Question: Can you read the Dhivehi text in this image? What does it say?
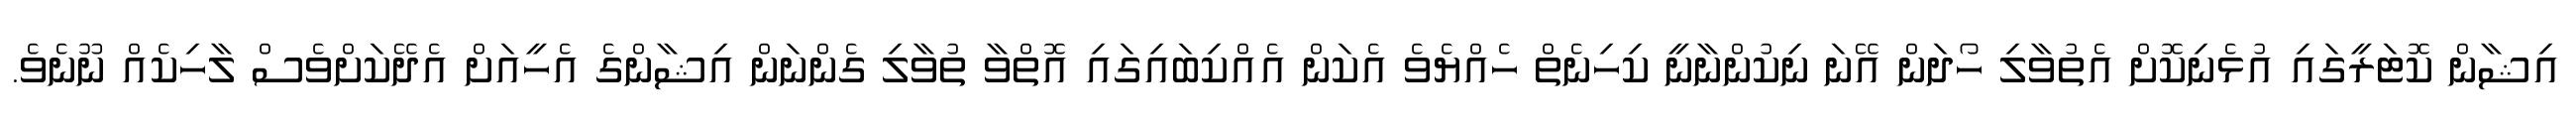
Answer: އިޝާން ކޮޓަރީގައި އުޅެނިކޮށް އެތުވާލި ހޯދަން އޭނަ ނިކުންނާނީ ކިހިނެތް ހެއްޔެވެ އެކަން އެއްކިބައިގައި އޮތްވާ ތުވާލި ގެންނަން އިޝާންގެ އެހީއަށް އެދޭކަށްވެސް ލާހިކެއް ނޫނެވެ.